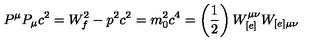
P ^ { \mu } P _ { \mu } c ^ { 2 } = W _ { f } ^ { 2 } - p ^ { 2 } c ^ { 2 } = m _ { 0 } ^ { 2 } c ^ { 4 } = \left( \frac { 1 } { 2 } \right) W _ { [ e ] } ^ { \mu \nu } W _ { [ e ] \mu \nu }